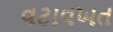
વટાવખત